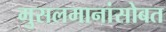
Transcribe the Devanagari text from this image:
मुसलमानांसोबत